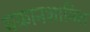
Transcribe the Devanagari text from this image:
थकानशामिल